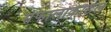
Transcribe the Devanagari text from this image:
सेफालोकौडल